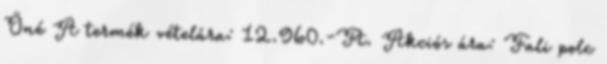
Öné A termék vételára: 12.960.-Ft. Akciós ára: Fali polc